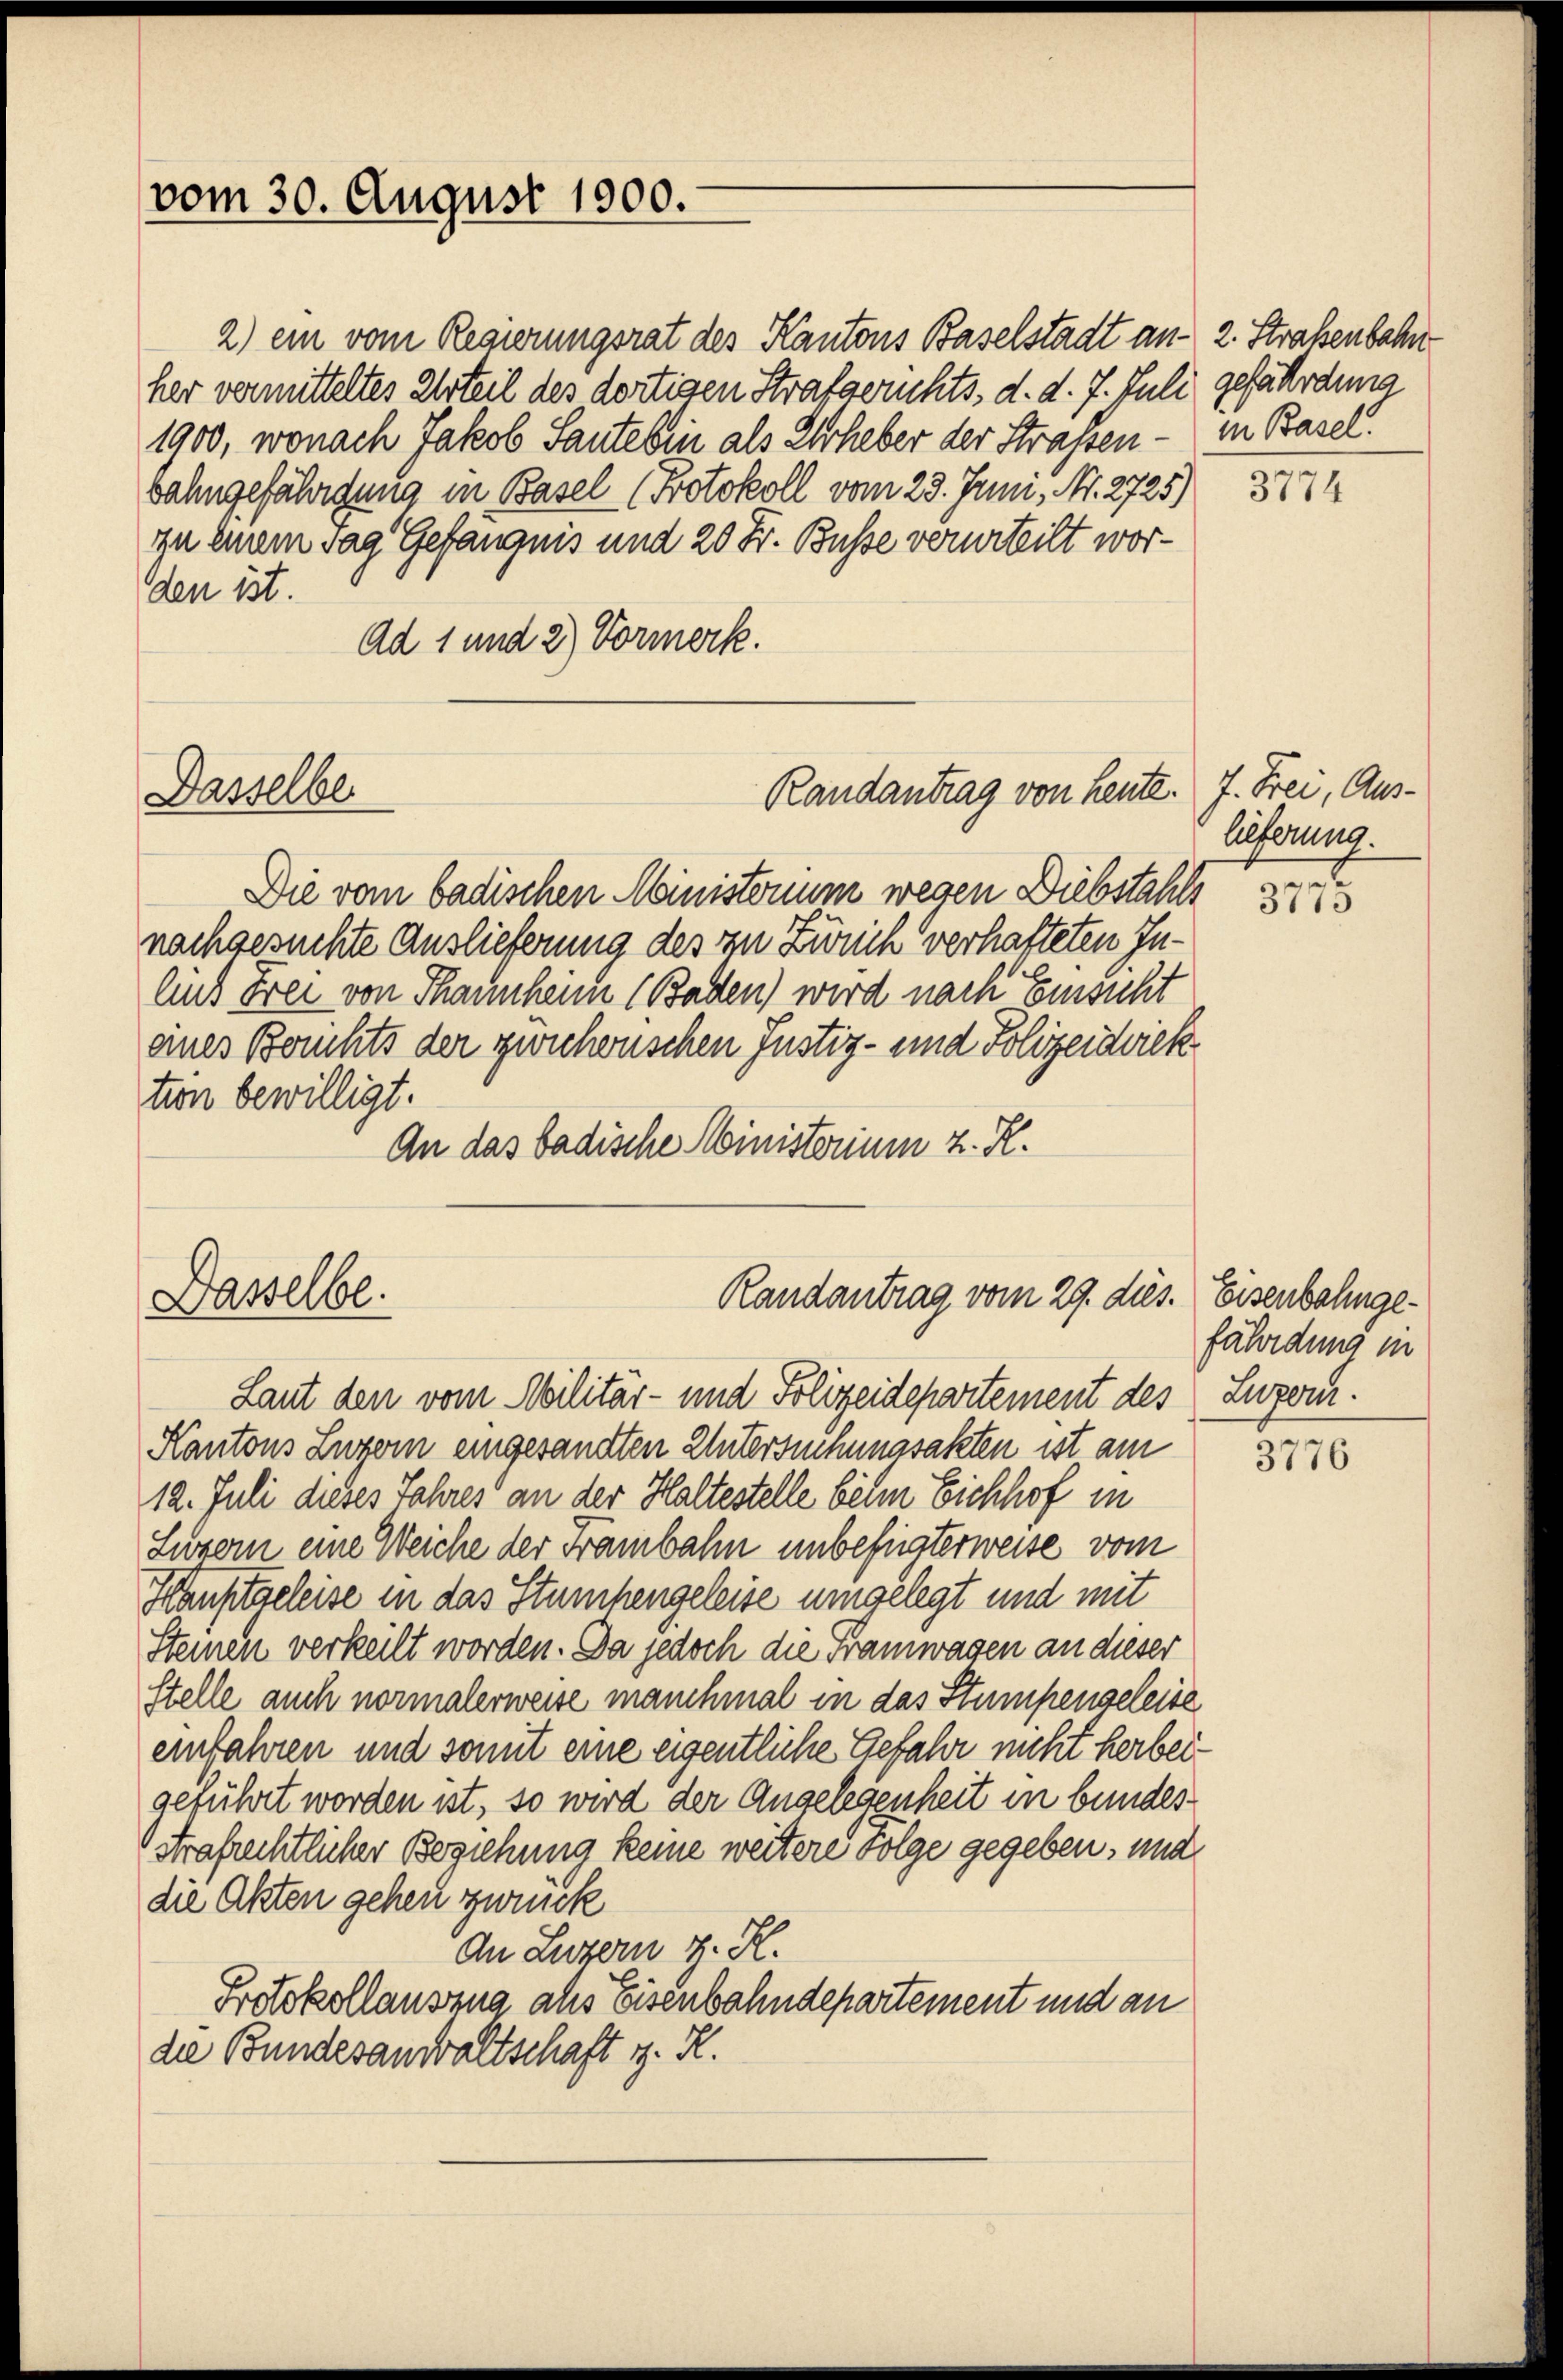
vom 30. August 1900.

2) ein vom Regierungsrat des Kantons Baselstadt an- 2. Straßenbahn
her vermitteltes Urteil des dortigen Strafgerichts, d. d. 7. Juli gefährdung
1900, wonach Jakob Saute bin als Erheber der Straßen.
bahngefährigung in Basel (Protokoll vom 23. Juni, Nr. 2725)
an einem Tag Gefängnis und 20 Fr. Busse verurteilt worden ist.
Ad 1 und 2) Vormerk.

Dasselbe

Dasselbe.

Die vom badischen Ministerium wegen Diebstahls 33
nachgesuchte Auslieferung des zu Zürich verhafteten Inlins Frei von Thannheim (Baden) wird nach Einsicht
eines Berichts der zürchenschen Justiz- und Polizeidvick
tion bewilligt.
An das badische Ministerium z. R.

Randantrag von heute. 7. Frei, Aus¬

Randantrag vom 29. dies. Eisenbahnge¬
Laut den vom Militär- und Polizeidepartement des

Kantons Luzern eingesandten Untersuchungsakten ist am
12. Juli dieses Jahres an der Haltestelle beim Eichhof in
Luzern eine Weiche der Franbahn unbefügterweise vom
Hauptgeleise in das Stumhengeleise umgelegt und mit
Steinen verkeilt worden. Da jedoch die Framwagen an dieser
Stelle auch normalerweise manchmal in das Stumpengeleise
einfahren und somit eine eigentliche Gefahr nicht herbeigeführt worden ist, so wird der Angelegenheit in bundes¬
Strafrechtlicher Beziehung keine weitere Folge gegeben, und
die Akten gehen zweck
An Luzern z. K.
Protokollauszug als Eisenbahndepartement und an
die Bundesanwaltschaft d. R.

in Basel.

3774

lieferung.

fährdung in
Luzern.

3776